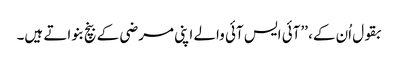
بقول اُن کے، ’’آئی ایس آئی والے اپنی مرضی کے بنچ بنواتے ہیں۔